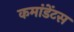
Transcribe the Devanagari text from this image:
कमांडेंटस